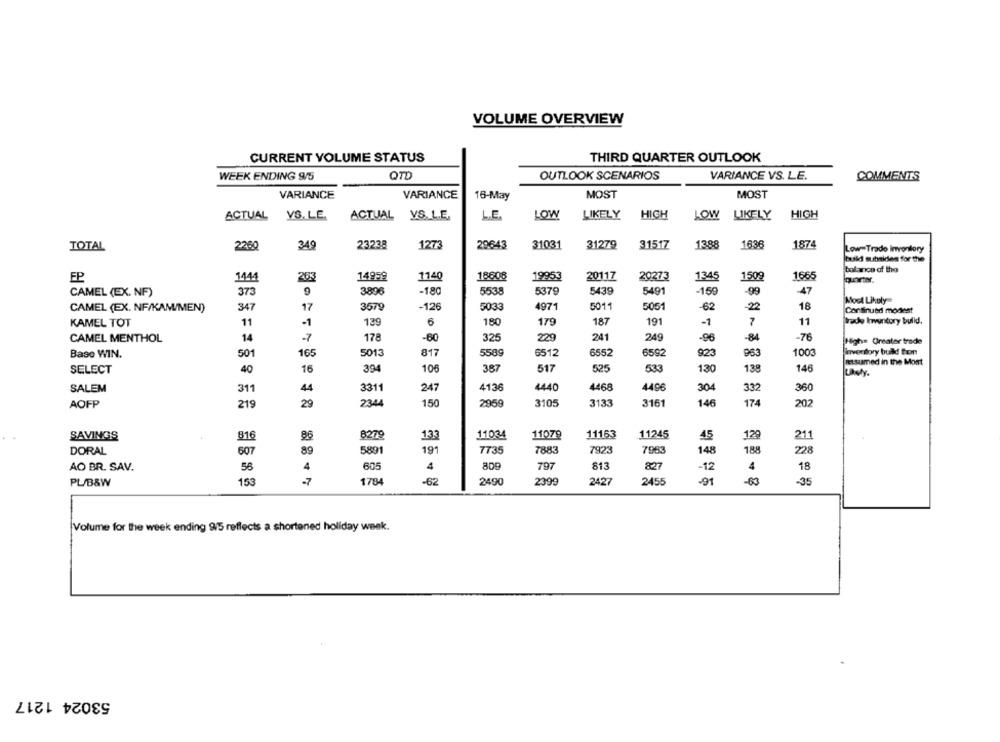
VOLUME OVERVIEW
CURRENT VOLUME STATUS
THIRD QUARTER OUTLOOK
WEEK ENDING 9/5
QTD
OUTLOOK SCENARIOS
VARIANCE VS. LE.
COMMENTS
VARIANCE
VARIANCE
MOST
MOST
16-May
ACTUAL VS.LE.
VS.LE.
ACTUAL YS. L.E.
LOW
LIKELY
HIGH
LOW LIKELY
HIGH
L.E.
345
23238
127
29643
31031
31279
31517
1388
1636
1874
TOTAL
2260
Low-Trade inventory
build subsides for the
balance of the
EP
1444
203
14959
1140
18608
19953
20117
20273
1345
1509
1665
9
5439
5491
47
CAMEL (EX. NF)
373
3896
-180
5538
5379
-159
-99
18
Most Likely
CAMEL (EX. NF/KAM/MEN)
347
17
3579
-126
5033
4971
5011
5051
-62
-22
Continued modest
11
KAMEL TOT
11
-1
139
6
180
179
187
191
-1
7
trade Inventory bulid.
CAMEL MENTHOL
14
-7
178
-60
325
229
241
249
-96
-84
-76
High= Greater trade
Base WIN.
501
165
5013
817
5589
6512
6552
6592
923
963
1003
inventory bulld tion
misumed in the Most
SELECT
40
16
394
106
387
517
525
533
130
138
146
Likely.
4136
4468
SALEM
311
44
3311
247
4440
4496
304
332
360
AOFP
219
29
2344
150
2959
3105
3133
3161
146
174
202
SAVINGS
816
86
8279
11034
11079
11163
11245
45
129
211
DORAL
607
89
5891
191
7735
7883
7923
7963
148
188
228
AO BR. SAV.
4
605
4
809
797
813
827
-12
4
18
56
PL/B&W
153
1784
-62
2490
2399
2427
2455
91
-63
-35
Volume for the week ending 9/5 reflects a shortened holiday week.
53024 1217